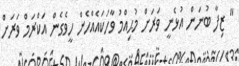
" ޒިފާ ބުނަން އުޅެނީ ވަރަށް މުޙިއްމު ވާހަކައެއްހެން ހީވެގެން އަކްރަމް ވަރަށް